Report on vaccination in Madras 1877-1894 - 1877-1894
Year: 1877
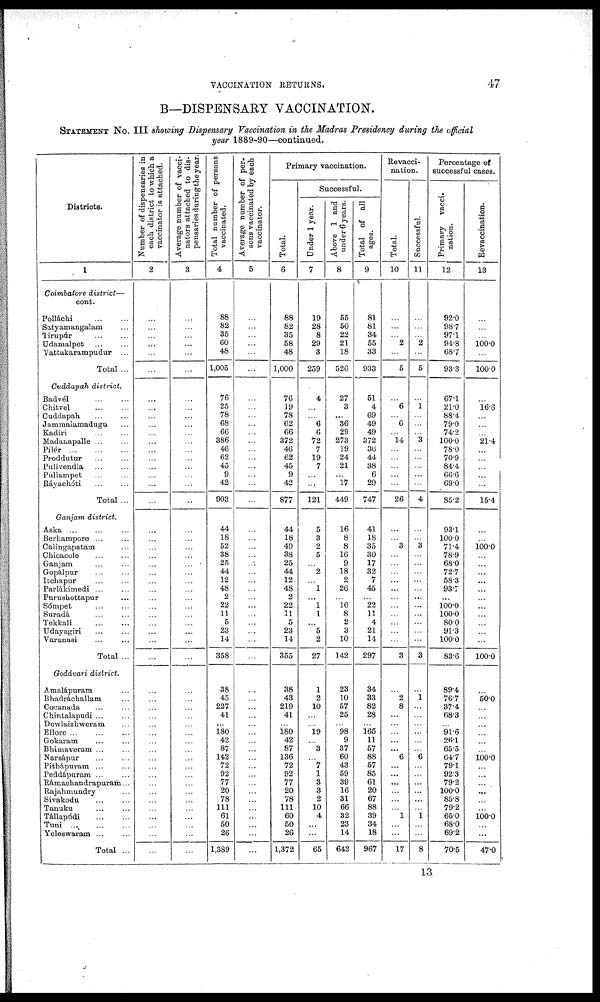
VACCINATION RETURNS.
47
B—DISPENSARY VACCINATION.
STATEMENT NO. III showing Dispensary Vaccination in the Madras Presidency during the official
year 1889-90—continued.
Districts.
1
Coimbatore district—
cont.
Polláchi
...
...
Satyamangalam ...
Tirupúr ... ...
Udamalpet ... ...
Yattakarampudur ...
Total ...
Cuddapah district.
Badvél
...
...
Chitvel
...
...
Cuddapah ... ...
Jammaiamadugu ...
Kadiri ... ...
Madanapalle ... ...
Pílér
...
...
...
Proddutur ... ...
Pulivendla ... ...
Pullampet ... ...
Ráyachóti ... ...
Total ...
Ganjam district.
Aska ... ... ...
Berhampore ... ...
Calingapatam ...
Chicacole ... ...
Ganjam ... ...
Gopálpur ... ...
Itcbapur ... ...
Parlákimedi ... ...
Purushottapur ...
Sómpet ... ...
Suradá ... ...
Tekkali
...
...
Udayagiri ... ...
Varanasi ... ...
Total ...
Godávari district.
Amalápuram ...
Bhadráchallam ...
Cocanada ... ...
Chintalapudi ... ...
Dowlaishweram ...
Ellore
...
...
...
Gokaram ... ...
Bhimaveram ... ...
Narsápur ... ...
Pithápuram ... ...
Peddápuram ... ...
Rámachandrapuram...
Rajahmundry ...
Sivakodu ... ...
Tanuku ... ...
Tállapúdi
...
...
Tuni
...
...
...
Yeleswaram ...
Total ...
Number of dispensaries in
each district to which a
vaccinator is attached.
2
...
...
...
...
...
...
...
...
...
...
...
...
...
...
...
...
...
...
...
...
...
...
...
...
...
...
...
...
...
...
...
...
...
...
...
...
...
...
...
...
...
...
...
...
...
...
...
...
...
...
...
...
Average number of vacci-
nators attached to dis-
pensaries during the year
3
...
...
...
...
...
...
...
...
...
...
...
...
...
...
...
...
...
...
...
...
...
...
...
...
...
...
...
...
...
...
...
...
...
...
...
...
...
...
...
...
...
...
...
...
...
...
...
...
...
...
...
...
Total number of persons
vaccinated.
4
88
82
35
60
48
1,005
76
25
78
68
66
386
46
62
45
9
42
903
44
18
52
38
25
44
12
48
2
22
11
5
23
14
358
38
45
227
41
...
180
42
87
142
72
92
77
20
78
111
61
50
26
1,389
Average number of per-
sons vaccinated by each
vaccinator.
5
...
...
...
...
...
...
...
...
...
...
...
...
...
...
...
...
...
...
...
...
...
...
...
...
...
...
...
...
...
...
...
...
...
...
...
...
...
...
...
...
...
...
...
...
...
...
...
...
...
...
...
...
Primary vaccination.
Total.
6
88
82
35
58
48
1,000
76
19
78
62
66
372
46
62
45
9
42
877
44
18
49
38
25
44
12
48
2
22
11
5
23
14
355
38
43
219
41
...
180
42
87
136
72
92
77
20
78
111
60
50
26
1,372
Successful.
Under 1 year.
7
19
28
8
29
3
259
4
...
...
6
6
72
7
19
7
...
...
121
5
3
2
5
...
2
...
1
...
1
1
...
5
2
27
1
2
10
...
...
19
...
3
...
7
1
3
3
2
10
4
...
65
Above 1 and
under 6 years.
8
55
50
22
21
18
526
27
3
...
36
29
273
19
24
21
...
17
449
16
8
8
16
9
18
2
26
...
16
8
2
3
10
142
23
10
57
25
...
98
9
37
60
43
59
39
16
31
66
32
23
14
642
Total of all
ages.
9
81
81
34
55
33
933
51
4
69
49
49
372
36
44
38
6
29
747
41
18
35
30
17
32
7
45
...
22
11
4
21
14
297
34
33
82
28
...
165
11
57
88
57
85
61
20
67
88
39
34
18
967
Revacci-
nation.
Total.
10
...
...
...
2
...
5
...
6
...
6
...
14
...
...
...
...
...
26
...
...
3
...
...
...
...
...
...
...
...
...
...
...
3
...
2
8
...
...
...
...
...
6
...
...
...
...
...
...
1
...
...
17
Successful.
11
...
...
...
2
...
5
...
1
...
...
...
3
...
...
...
...
...
4
...
...
3
...
...
...
...
...
...
...
...
...
...
...
3
...
1
...
...
...
...
...
...
6
...
...
...
...
...
...
1
...
...
8
Percentage of
successful cases.
Primary vacci.
nation.
12
92.0
98.7
97.1
94.8
68.7
93.3
67.1
21.0
88.4
79.0
74.2
100.0
78.0
70.9
84.4
66.6
69.0
85.2
93.1
100.0
71.4
78.9
68.0
72.7
58.3
93.7
...
100.0
100.0
80.0
91.3
100.0
83.6
89.4
76.7
37.4
68.3
...
91.6
26.1
65.5
64.7
79.1
92.3
79.2
100.0
85.8
79.2
65.0
68.0
69.2
70.5
Revaccination.
13
...
...
...
100.0
...
100.0
...
16.6
...
...
...
21.4
...
...
...
...
...
15.4
...
...
100.0
...
...
...
...
...
...
...
...
...
...
...
100.0
...
50.0
...
...
...
...
...
...
100.0
...
...
...
...
...
...
100.0
...
...
47.0
13